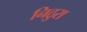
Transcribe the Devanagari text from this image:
निठुरा